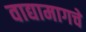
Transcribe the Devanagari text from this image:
वाद्यामागचे